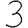
Digit: 3